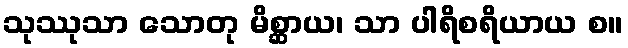
သုဿုသာ သောတု မိစ္ဆာယ၊ သာ ပါရိစရိယာယ စ။